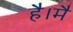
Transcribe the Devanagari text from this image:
है।मै